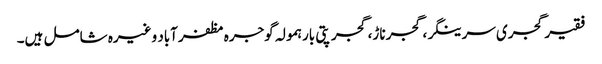
فقیر گجری سرینگر، گجر ناڑ، گجر پتی بارہمولہ گوجرہ مظفرآباد وغیرہ شامل ہیں۔